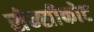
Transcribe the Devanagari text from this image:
सेन्सीकोट